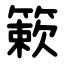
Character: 簌